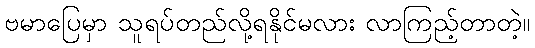
ဗမာပြေမှာ သူရပ်တည်လို့ရနိုင်မလား လာကြည့်တာတဲ့။